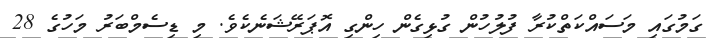
ގަމުގައި މަސައްކަތްކުރާ ފުލުހުން ގުޅިގެން ހިންގި އޮޕަރޭޝަނެކެވެ. މި ޑިސެމްބަރު މަހުގެ 28